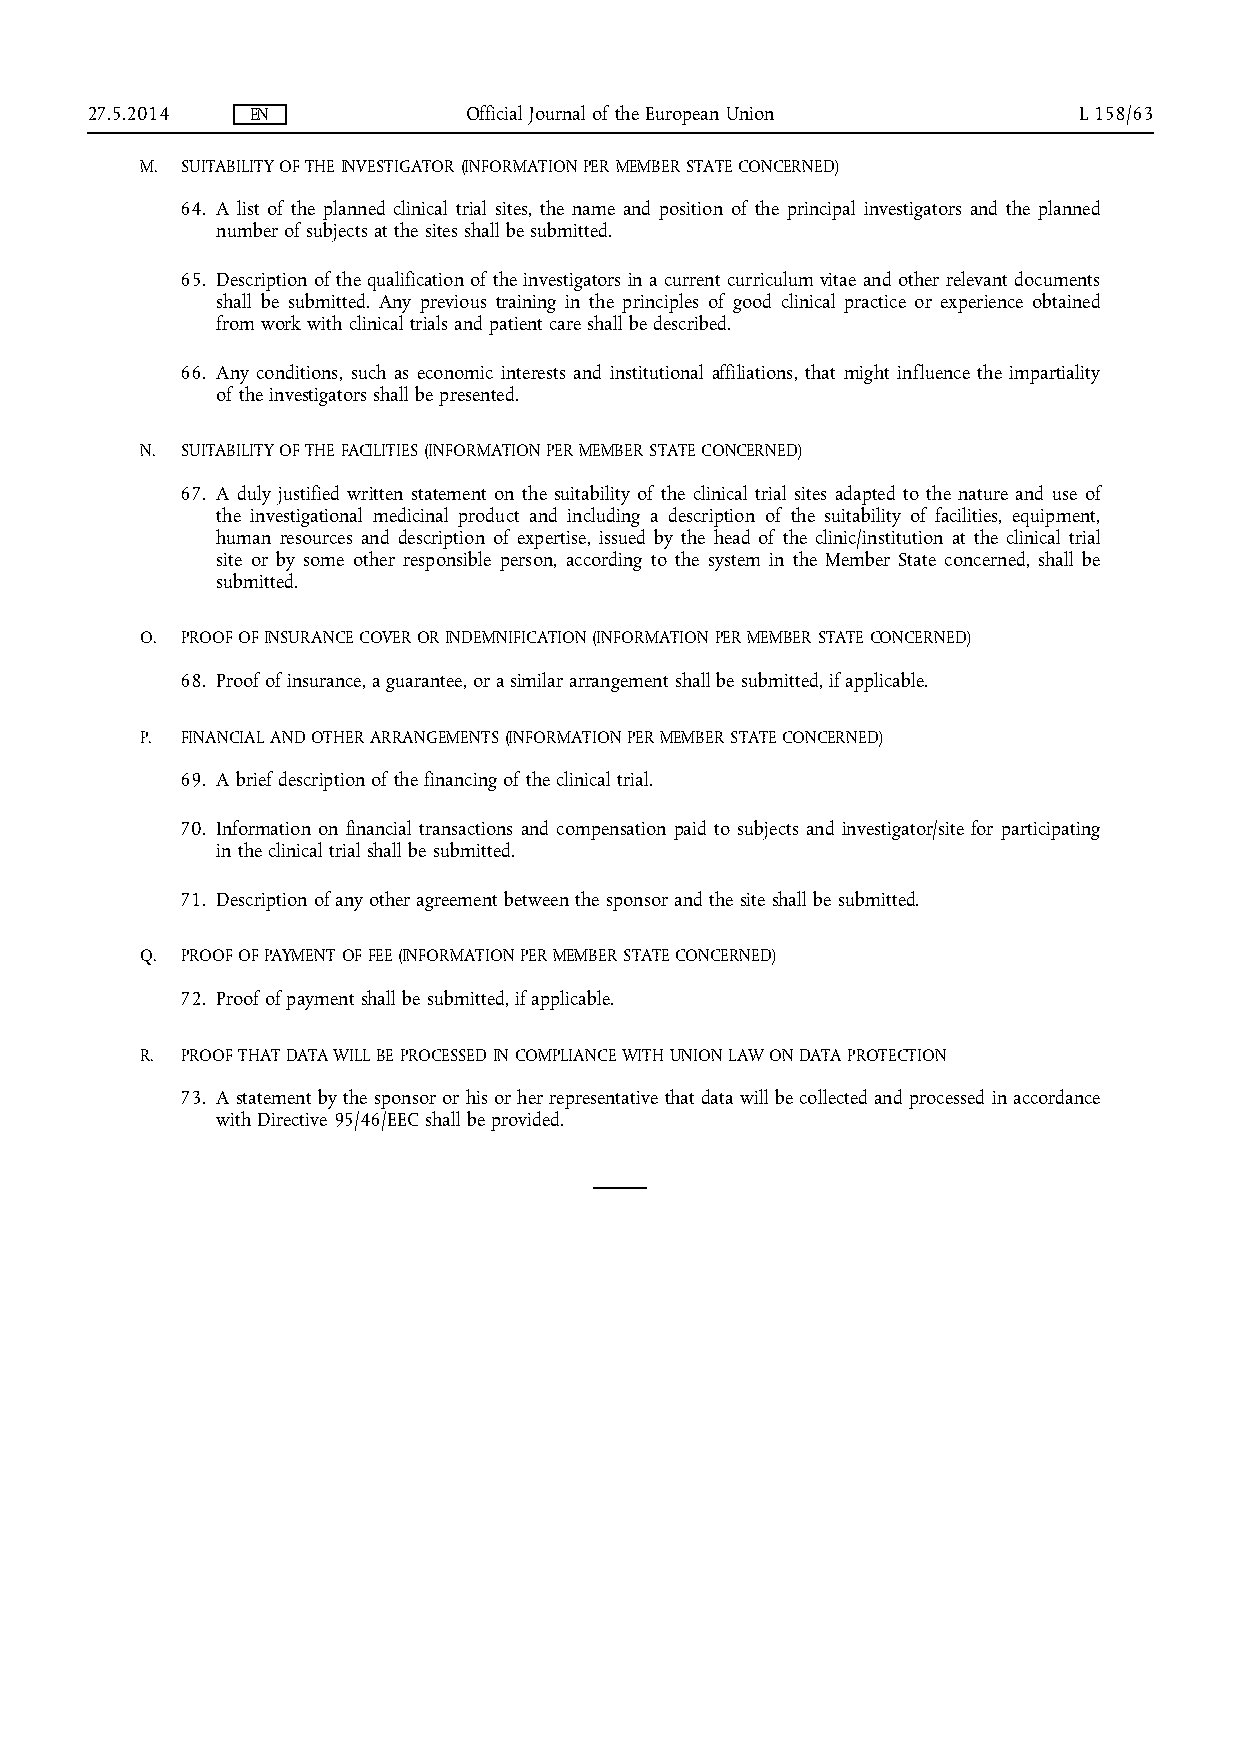
27.5.2014  EN            Official Journal of the European Union  L 158/63
 M. SUITABILITY OF THE INVESTIGATOR (INFORMATION PER MEMBER STATE CONCERNED)
 64. A list of the planned clinical trial sites, the name and position of the principal investigators and the planned
 number of subjects at the sites shall be submitted.
 65. Description of the qualification of the investigators in a current curriculum vitae and other relevant documents
 shall be submitted. Any previous training in the principles of good clinical practice or experience obtained
 from work with clinical trials and patient care shall be described.
 66. Any conditions, such as economic interests and institutional affiliations, that might influence the impartiality
 of the investigators shall be presented.
 N. SUITABILITY OF THE FACILITIES (INFORMATION PER MEMBER STATE CONCERNED)
 67. A duly justified written statement on the suitability of the clinical trial sites adapted to the nature and use of
 the investigational medicinal product and including a description of the suitability of facilities, equipment,
 human resources and description of expertise, issued by the head of the clinic/institution at the clinical trial
 site or by some other responsible person, according to the system in the Member State concerned, shall be
 submitted.
 O. PROOF OF INSURANCE COVER OR INDEMNIFICATION (INFORMATION PER MEMBER STATE CONCERNED)
 68. Proof of insurance, a guarantee, or a similar arrangement shall be submitted, if applicable.
 P. FINANCIAL AND OTHER ARRANGEMENTS (INFORMATION PER MEMBER STATE CONCERNED)
 69. A brief description of the financing of the clinical trial.
 70. Information on financial transactions and compensation paid to subjects and investigator/site for participating
 in the clinical trial shall be submitted.
 71. Description of any other agreement between the sponsor and the site shall be submitted.
 Q. PROOF OF PAYMENT OF FEE (INFORMATION PER MEMBER STATE CONCERNED)
 72. Proof of payment shall be submitted, if applicable.
 R. PROOF THAT DATA WILL BE PROCESSED IN COMPLIANCE WITH UNION LAW ON DATA PROTECTION
 73. A statement by the sponsor or his or her representative that data will be collected and processed in accordance
 with Directive 95/46/EEC shall be provided.